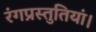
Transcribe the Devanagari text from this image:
रंगप्रस्तुतियां।